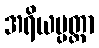
အရိယပ္ပတ္တာ